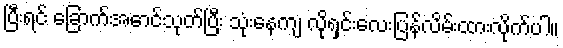
ပြီးရင် ခြောက်အောင်သုတ်ပြီး သုံးနေကျ လိုရှင်းလေးပြန်လိမ်းထားလိုက်ပါ။